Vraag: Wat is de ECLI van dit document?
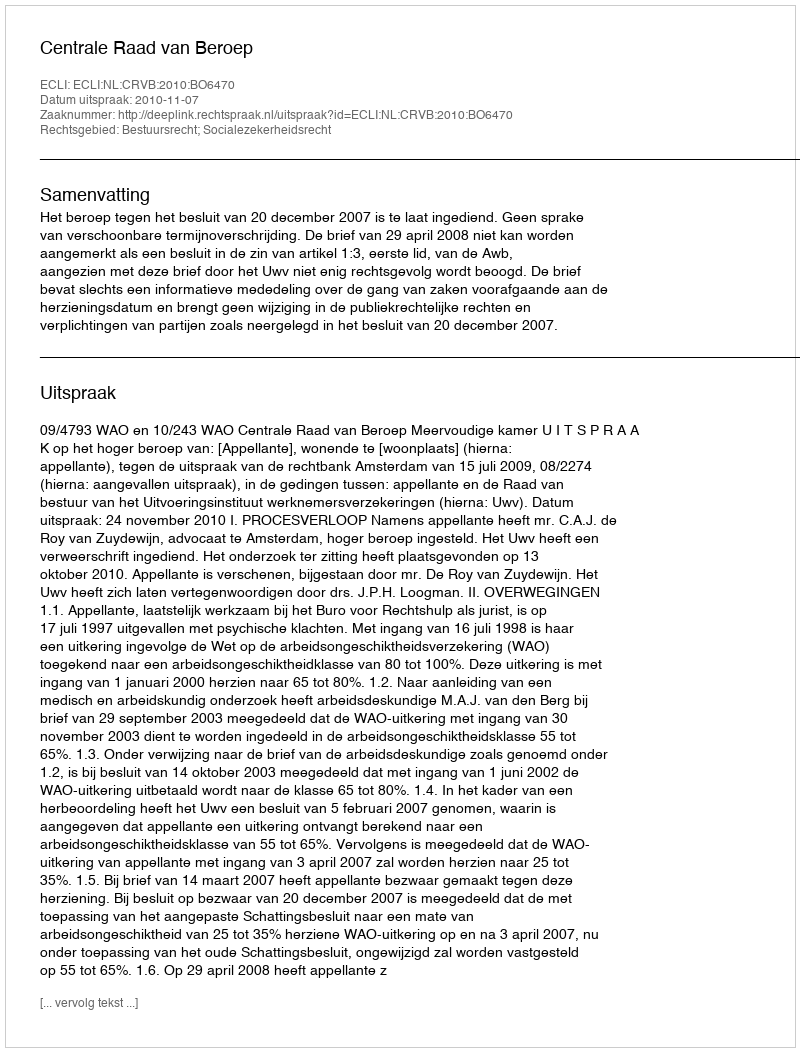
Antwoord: ECLI:NL:CRVB:2010:BO6470